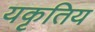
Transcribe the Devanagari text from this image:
यकृतिय